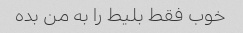
خوب فقط بلیط را به من بده